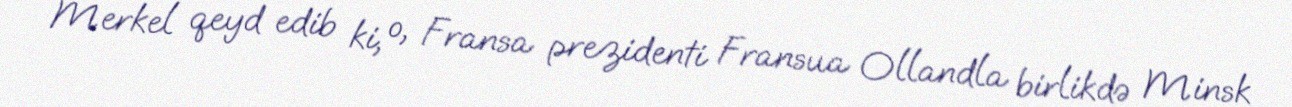
Merkel qeyd edib ki, o, Fransa prezidenti Fransua Ollandla birlikdə Minsk